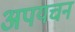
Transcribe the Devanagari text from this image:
अपयचन